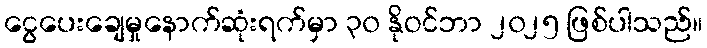
ငွေပေးချေမှုနောက်ဆုံးရက်မှာ ၃၀ နိုဝင်ဘာ ၂၀၂၅ ဖြစ်ပါသည်။